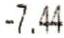
-7.44